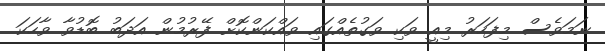
ނަމަވެސް މިފަހަރު މިއީ ވަކި ވަގުތެއްގައި ވައްކަންކޮށް ފޭރުމުން އަދަބު ބޮޑުވާ ވާހަކަ